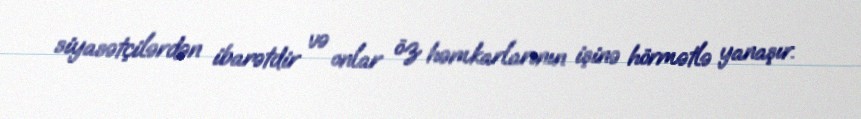
siyasətçilərdən ibarətdir və onlar öz həmkarlarının işinə hörmətlə yanaşır.